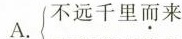
A.不远千里而来